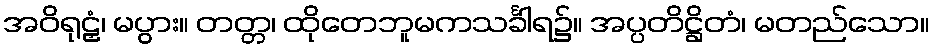
အဝိရုဠှံ၊ မပွား။ တတ္တ၊ ထိုတေဘူမကသင်္ခါရ၌။ အပ္ပတိဋ္ဌိတံ၊ မတည်သော။